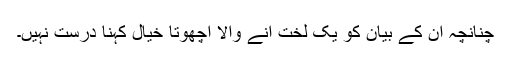
چنانچہ اُن کے بیان کو یک لخت آنے والا اچھوتا خیال کہنا درست نہیں۔